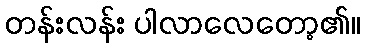
တန်းလန်း ပါလာလေတော့၏။